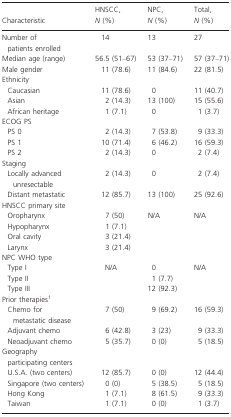
<table><thead><tr><td><b>Characteristic</b></td><td><b>HNSCC, <i>N</i> (%)</b></td><td><b>NPC, <i>N</i> (%)</b></td><td><b>Total, <i>N</i> (%)</b></td></tr></thead><tbody><tr><td>Number of patients enrolled</td><td>14</td><td>13</td><td>27</td></tr><tr><td>Median age (range)</td><td>56.5 (51–67)</td><td>53 (37–71)</td><td>57 (37–71)</td></tr><tr><td>Male gender</td><td>11 (78.6)</td><td>11 (84.6)</td><td>22 (81.5)</td></tr><tr><td colspan="4">Ethnicity</td></tr><tr><td> Caucasian</td><td>11 (78.6)</td><td>0</td><td>11 (40.7)</td></tr><tr><td> Asian</td><td>2 (14.3)</td><td>13 (100)</td><td>15 (55.6)</td></tr><tr><td> African heritage</td><td>1 (7.1)</td><td>0</td><td>1 (3.7)</td></tr><tr><td colspan="4">ECOG PS</td></tr><tr><td> PS 0</td><td>2 (14.3)</td><td>7 (53.8)</td><td>9 (33.3)</td></tr><tr><td> PS 1</td><td>10 (71.4)</td><td>6 (46.2)</td><td>16 (59.3)</td></tr><tr><td> PS 2</td><td>2 (14.3)</td><td>0</td><td>2 (7.4)</td></tr><tr><td colspan="4">Staging</td></tr><tr><td> Locally advanced unresectable</td><td>2 (14.3)</td><td>0</td><td>2 (7.4)</td></tr><tr><td> Distant metastatic</td><td>12 (85.7)</td><td>13 (100)</td><td>25 (92.6)</td></tr><tr><td colspan="4">HNSCC primary site</td></tr><tr><td> Oropharynx</td><td>7 (50)</td><td>N/A</td><td>N/A</td></tr><tr><td> Hypopharynx</td><td>1 (7.1)</td><td></td><td></td></tr><tr><td> Oral cavity</td><td>3 (21.4)</td><td></td><td></td></tr><tr><td> Larynx</td><td>3 (21.4)</td><td></td><td></td></tr><tr><td colspan="4">NPC WHO type</td></tr><tr><td> Type I</td><td>N/A</td><td>0</td><td>N/A</td></tr><tr><td> Type II</td><td></td><td>1 (7.7)</td><td></td></tr><tr><td> Type III</td><td></td><td>12 (92.3)</td><td></td></tr><tr><td colspan="4">Prior therapies1</td></tr><tr><td> Chemo for metastatic disease</td><td>7 (50)</td><td>9 (69.2)</td><td>16 (59.3)</td></tr><tr><td> Adjuvant chemo</td><td>6 (42.8)</td><td>3 (23)</td><td>9 (33.3)</td></tr><tr><td> Neoadjuvant chemo</td><td>5 (35.7)</td><td>0 (0)</td><td>5 (18.5)</td></tr><tr><td colspan="4">Geography participating centers</td></tr><tr><td> U.S.A. (two centers)</td><td>12 (85.7)</td><td>0 (0)</td><td>12 (44.4)</td></tr><tr><td> Singapore (two centers)</td><td>0 (0)</td><td>5 (38.5)</td><td>5 (18.5)</td></tr><tr><td> Hong Kong</td><td>1 (7.1)</td><td>8 (61.5)</td><td>9 (33.3)</td></tr><tr><td> Taiwan</td><td>1 (7.1)</td><td>0 (0)</td><td>1 (3.7)</td></tr></tbody></table>